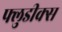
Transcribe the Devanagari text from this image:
फ्लुडीक्स